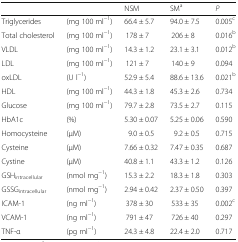
<table><thead><tr><td colspan="2"></td><td><b>NSM</b></td><td><b>SM<sup>a</sup></b></td><td><b><i>P</i></b></td></tr></thead><tbody><tr><td>Triglycerides</td><td>(mg 100 ml<sup>−1</sup>)</td><td>66.4 ± 5.7</td><td>94.0 ± 7.5</td><td>0.005<sup>c</sup></td></tr><tr><td>Total cholesterol</td><td>(mg 100 ml<sup>−1</sup>)</td><td>178 ± 7</td><td>206 ± 8</td><td>0.016<sup>b</sup></td></tr><tr><td>VLDL</td><td>(mg 100 ml<sup>−1</sup>)</td><td>14.3 ± 1.2</td><td>23.1 ± 3.1</td><td>0.012<sup>b</sup></td></tr><tr><td>LDL</td><td>(mg 100 ml<sup>−1</sup>)</td><td>121 ± 7</td><td>140 ± 9</td><td>0.094</td></tr><tr><td>oxLDL</td><td>(U l<sup>−1</sup>)</td><td>52.9 ± 5.4</td><td>88.6 ± 13.6</td><td>0.021<sup>b</sup></td></tr><tr><td>HDL</td><td>(mg 100 ml<sup>−1</sup>)</td><td>44.3 ± 1.8</td><td>45.3 ± 2.6</td><td>0.734</td></tr><tr><td>Glucose</td><td>(mg 100 ml<sup>−1</sup>)</td><td>79.7 ± 2.8</td><td>73.5 ± 2.7</td><td>0.115</td></tr><tr><td>HbA1c</td><td>(%)</td><td>5.30 ± 0.07</td><td>5.25 ± 0.06</td><td>0.590</td></tr><tr><td>Homocysteine</td><td>(μM)</td><td>9.0 ± 0.5</td><td>9.2 ± 0.5</td><td>0.715</td></tr><tr><td>Cysteine</td><td>(μM)</td><td>7.66 ± 0.32</td><td>7.47 ± 0.35</td><td>0.687</td></tr><tr><td>Cystine</td><td>(μM)</td><td>40.8 ± 1.1</td><td>43.3 ± 1.2</td><td>0.126</td></tr><tr><td>GSH<sub>intracellular</sub></td><td>(nmol mg<sup>−1</sup>)</td><td>15.3 ± 2.2</td><td>18.3 ± 1.8</td><td>0.303</td></tr><tr><td>GSSG<sub>intracellular</sub></td><td>(nmol mg<sup>−1</sup>)</td><td>2.94 ± 0.42</td><td>2.37 ± 0.50</td><td>0.397</td></tr><tr><td>ICAM-1</td><td>(ng ml<sup>−1</sup>)</td><td>378 ± 30</td><td>533 ± 35</td><td>0.002<sup>c</sup></td></tr><tr><td>VCAM-1</td><td>(ng ml<sup>−1</sup>)</td><td>791 ± 47</td><td>726 ± 40</td><td>0.297</td></tr><tr><td>TNF-α</td><td>(pg ml<sup>−1</sup>)</td><td>24.3 ± 4.8</td><td>22.4 ± 2.0</td><td>0.717</td></tr></tbody></table>